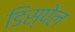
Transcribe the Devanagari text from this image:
डिस्पेल